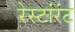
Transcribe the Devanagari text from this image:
रेस्टांरंट